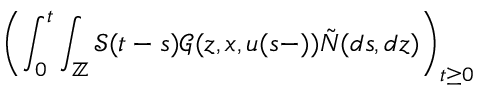
\displaystyle \left( \int _ { 0 } ^ { t } \int _ { \mathbb { Z } } \mathcal { S } ( t - s ) \mathcal { G } ( z , x , u ( s - ) ) \tilde { N } ( d s , d z ) \right) _ { t \geq 0 }